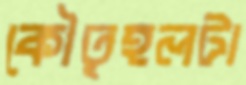
কৌতূহলটা